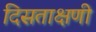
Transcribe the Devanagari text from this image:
दिसताक्षणी